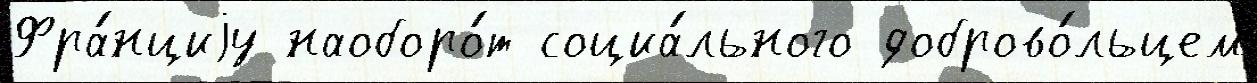
Фра́нциjу наоборо́т социа́льного доброво́льцем